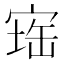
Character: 𪧕